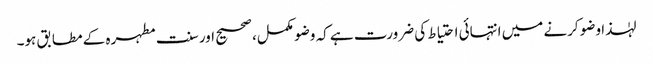
لہٰذا وضو کرنے میں انتہائی احتیاط کی ضرورت ہے کہ وضو مکمل، صحیح اور سنت مطہرہ کے مطابق ہو۔